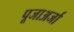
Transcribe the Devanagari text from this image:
पूजाअर्जा